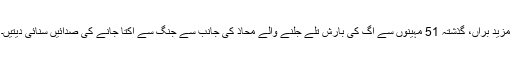
مزید برآں، گذشتہ 51 مہینوں سے آگ کی بارش تلے جلنے والے محاذ کی جانب سے جنگ سے اکتا جانے کی صدائیں سنائی دیتیں۔